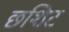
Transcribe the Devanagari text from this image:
छशिट